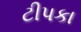
ટીપકા